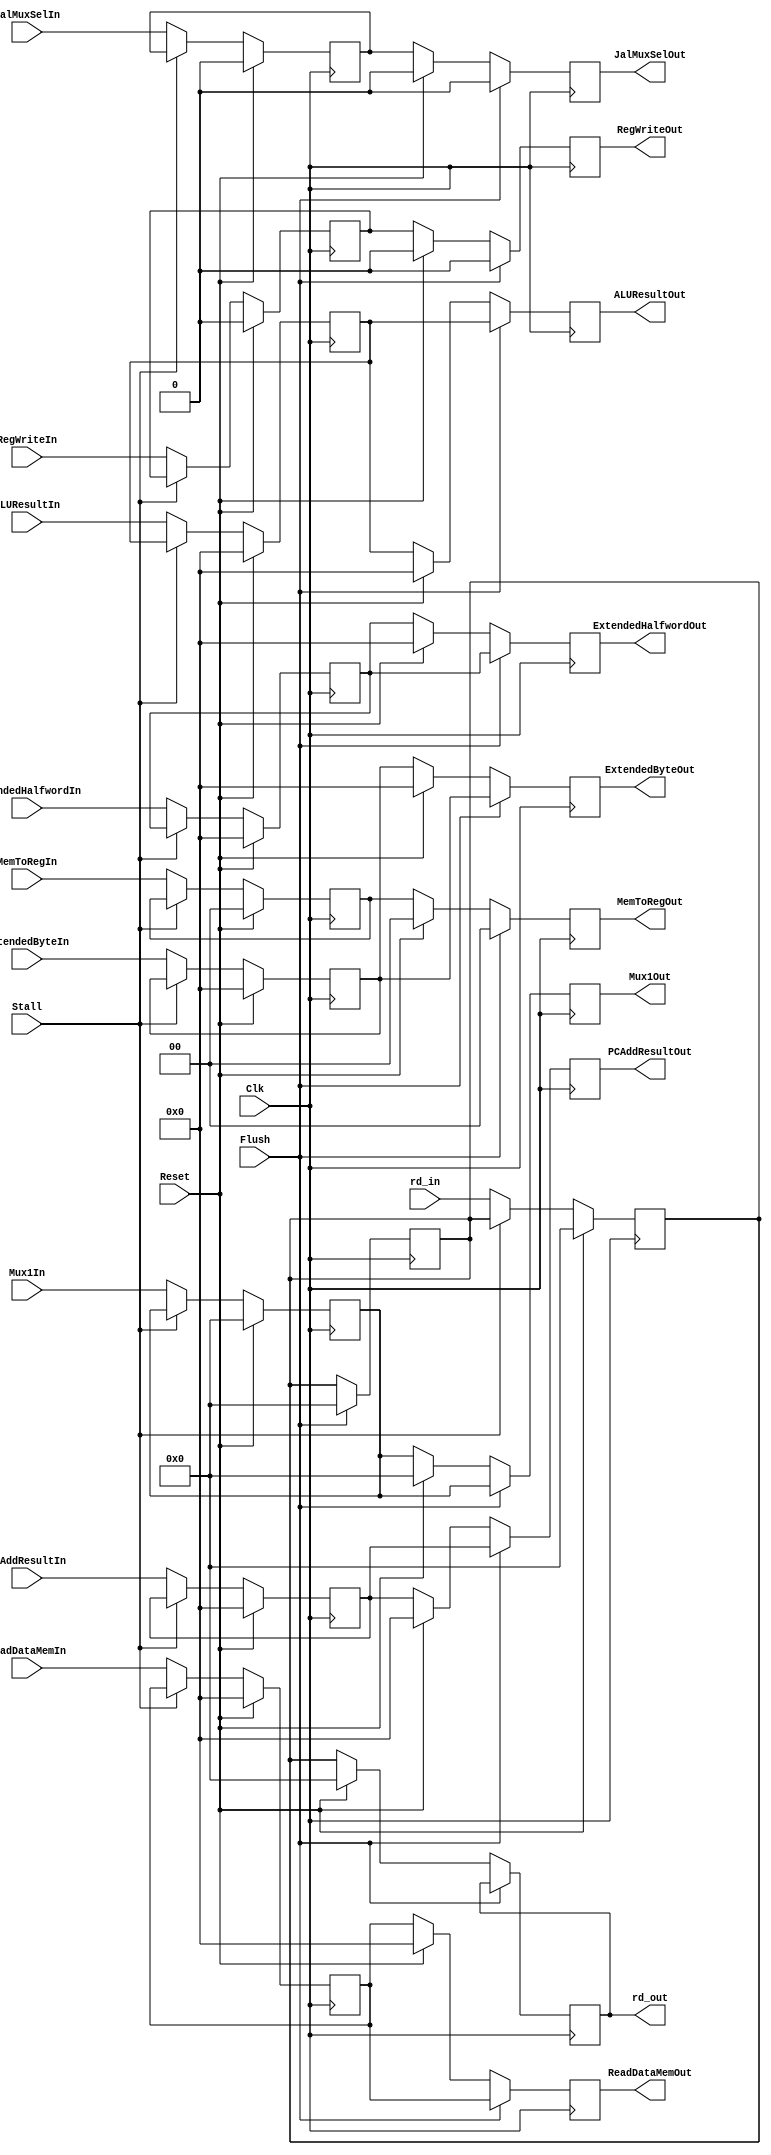
`timescale 1ns / 1ps
//////////////////////////////////////////////////////////////////////////////////
// Company: 
// Engineer: 
// 
// Design Name: 
// Module Name: EX_MEM
// Project Name: 
// Target Devices: 
// Tool Versions: 
// Description: 
// 
// Dependencies: 
// 
// Revision:
// Revision 0.01 - File Created
// Additional Comments:
// 
//////////////////////////////////////////////////////////////////////////////////


module MEM_WB(Reset, Stall, ReadDataMemIn, ALUResultIn, ExtendedByteIn, ExtendedHalfwordIn, RegWriteIn, MemToRegIn, Mux1In, PCAddResultIn, JalMuxSelIn, rd_in, ReadDataMemOut, ALUResultOut,ExtendedByteOut, ExtendedHalfwordOut, RegWriteOut, MemToRegOut, Mux1Out, PCAddResultOut, JalMuxSelOut, rd_out, Clk, Flush);

    input [31:0] ReadDataMemIn, ALUResultIn, ExtendedByteIn, ExtendedHalfwordIn, PCAddResultIn;
    input Clk, RegWriteIn, JalMuxSelIn, Stall, Reset, Flush;
    input [4:0] rd_in;
    input [1:0] MemToRegIn;
    input [4:0] Mux1In;
    
    output reg [31:0] ReadDataMemOut, ALUResultOut, ExtendedByteOut, ExtendedHalfwordOut, PCAddResultOut;
    output reg RegWriteOut, JalMuxSelOut;
    output reg [4:0] rd_out;
    output reg [1:0] MemToRegOut;
    output reg [4:0] Mux1Out;
    
    reg [31:0] ReadDataMemReg, ALUResultReg, ExtendedByteReg, ExtendedHalfwordReg, PCAddResultReg;
    reg RegWriteReg, JalMuxSelReg;
    reg [4:0] rd_reg;
    reg [1:0] MemToRegReg;
    reg [4:0] Mux1Reg;
    
    always @(posedge Clk) begin
        if(Flush == 1) begin
            RegWriteOut <= 0;
            MemToRegOut <= 0;
            JalMuxSelOut <= 0;
            ReadDataMemOut <= ReadDataMemReg;
            ALUResultOut <= ALUResultReg;
            ExtendedByteOut <= ExtendedByteReg;
            ExtendedHalfwordOut <= ExtendedHalfwordReg;
            Mux1Out <= Mux1Reg;
            PCAddResultOut <= PCAddResultReg;
            rd_reg <= 0;
        end
        else if(Reset == 0) begin
            ReadDataMemOut <= ReadDataMemReg;
            ALUResultOut <= ALUResultReg;
            ExtendedByteOut <= ExtendedByteReg;
            ExtendedHalfwordOut <= ExtendedHalfwordReg;
            RegWriteOut <= RegWriteReg;
            MemToRegOut <= MemToRegReg;
            Mux1Out <= Mux1Reg;
            PCAddResultOut <= PCAddResultReg;
            JalMuxSelOut <= JalMuxSelReg;
            rd_out <= rd_reg;
        end
        else begin
            ReadDataMemOut <= 0;
            ALUResultOut <= 0;
            ExtendedByteOut <= 0;
            ExtendedHalfwordOut <= 0;
            RegWriteOut <= 0;
            MemToRegOut <= 0;
            Mux1Out <= 0;
            PCAddResultOut <= 0;
            JalMuxSelOut <= 0;
            rd_out <= 0;
        end
    end
    
    always @(negedge Clk) begin
        if(Reset == 1) begin
            ReadDataMemReg <= 0;
            ALUResultReg <= 0;
            ExtendedByteReg <= 0;
            ExtendedHalfwordReg <= 0;
            RegWriteReg <= 0;
            MemToRegReg <= 0;
            Mux1Reg <= 0;
            PCAddResultReg <= 0;
            JalMuxSelReg <= 0;
            rd_reg <= 0;
        end
        else begin
            if(Stall == 0) begin
                ReadDataMemReg <= ReadDataMemIn;
                ALUResultReg <= ALUResultIn;
                ExtendedByteReg <= ExtendedByteIn;
                ExtendedHalfwordReg <= ExtendedHalfwordIn;
                RegWriteReg <= RegWriteIn;
                MemToRegReg <= MemToRegIn;
                Mux1Reg <= Mux1In;
                PCAddResultReg <= PCAddResultIn;
                JalMuxSelReg <= JalMuxSelIn;
                rd_reg <= rd_in;
            end
        end
    end

endmodule